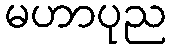
မဟာပုည